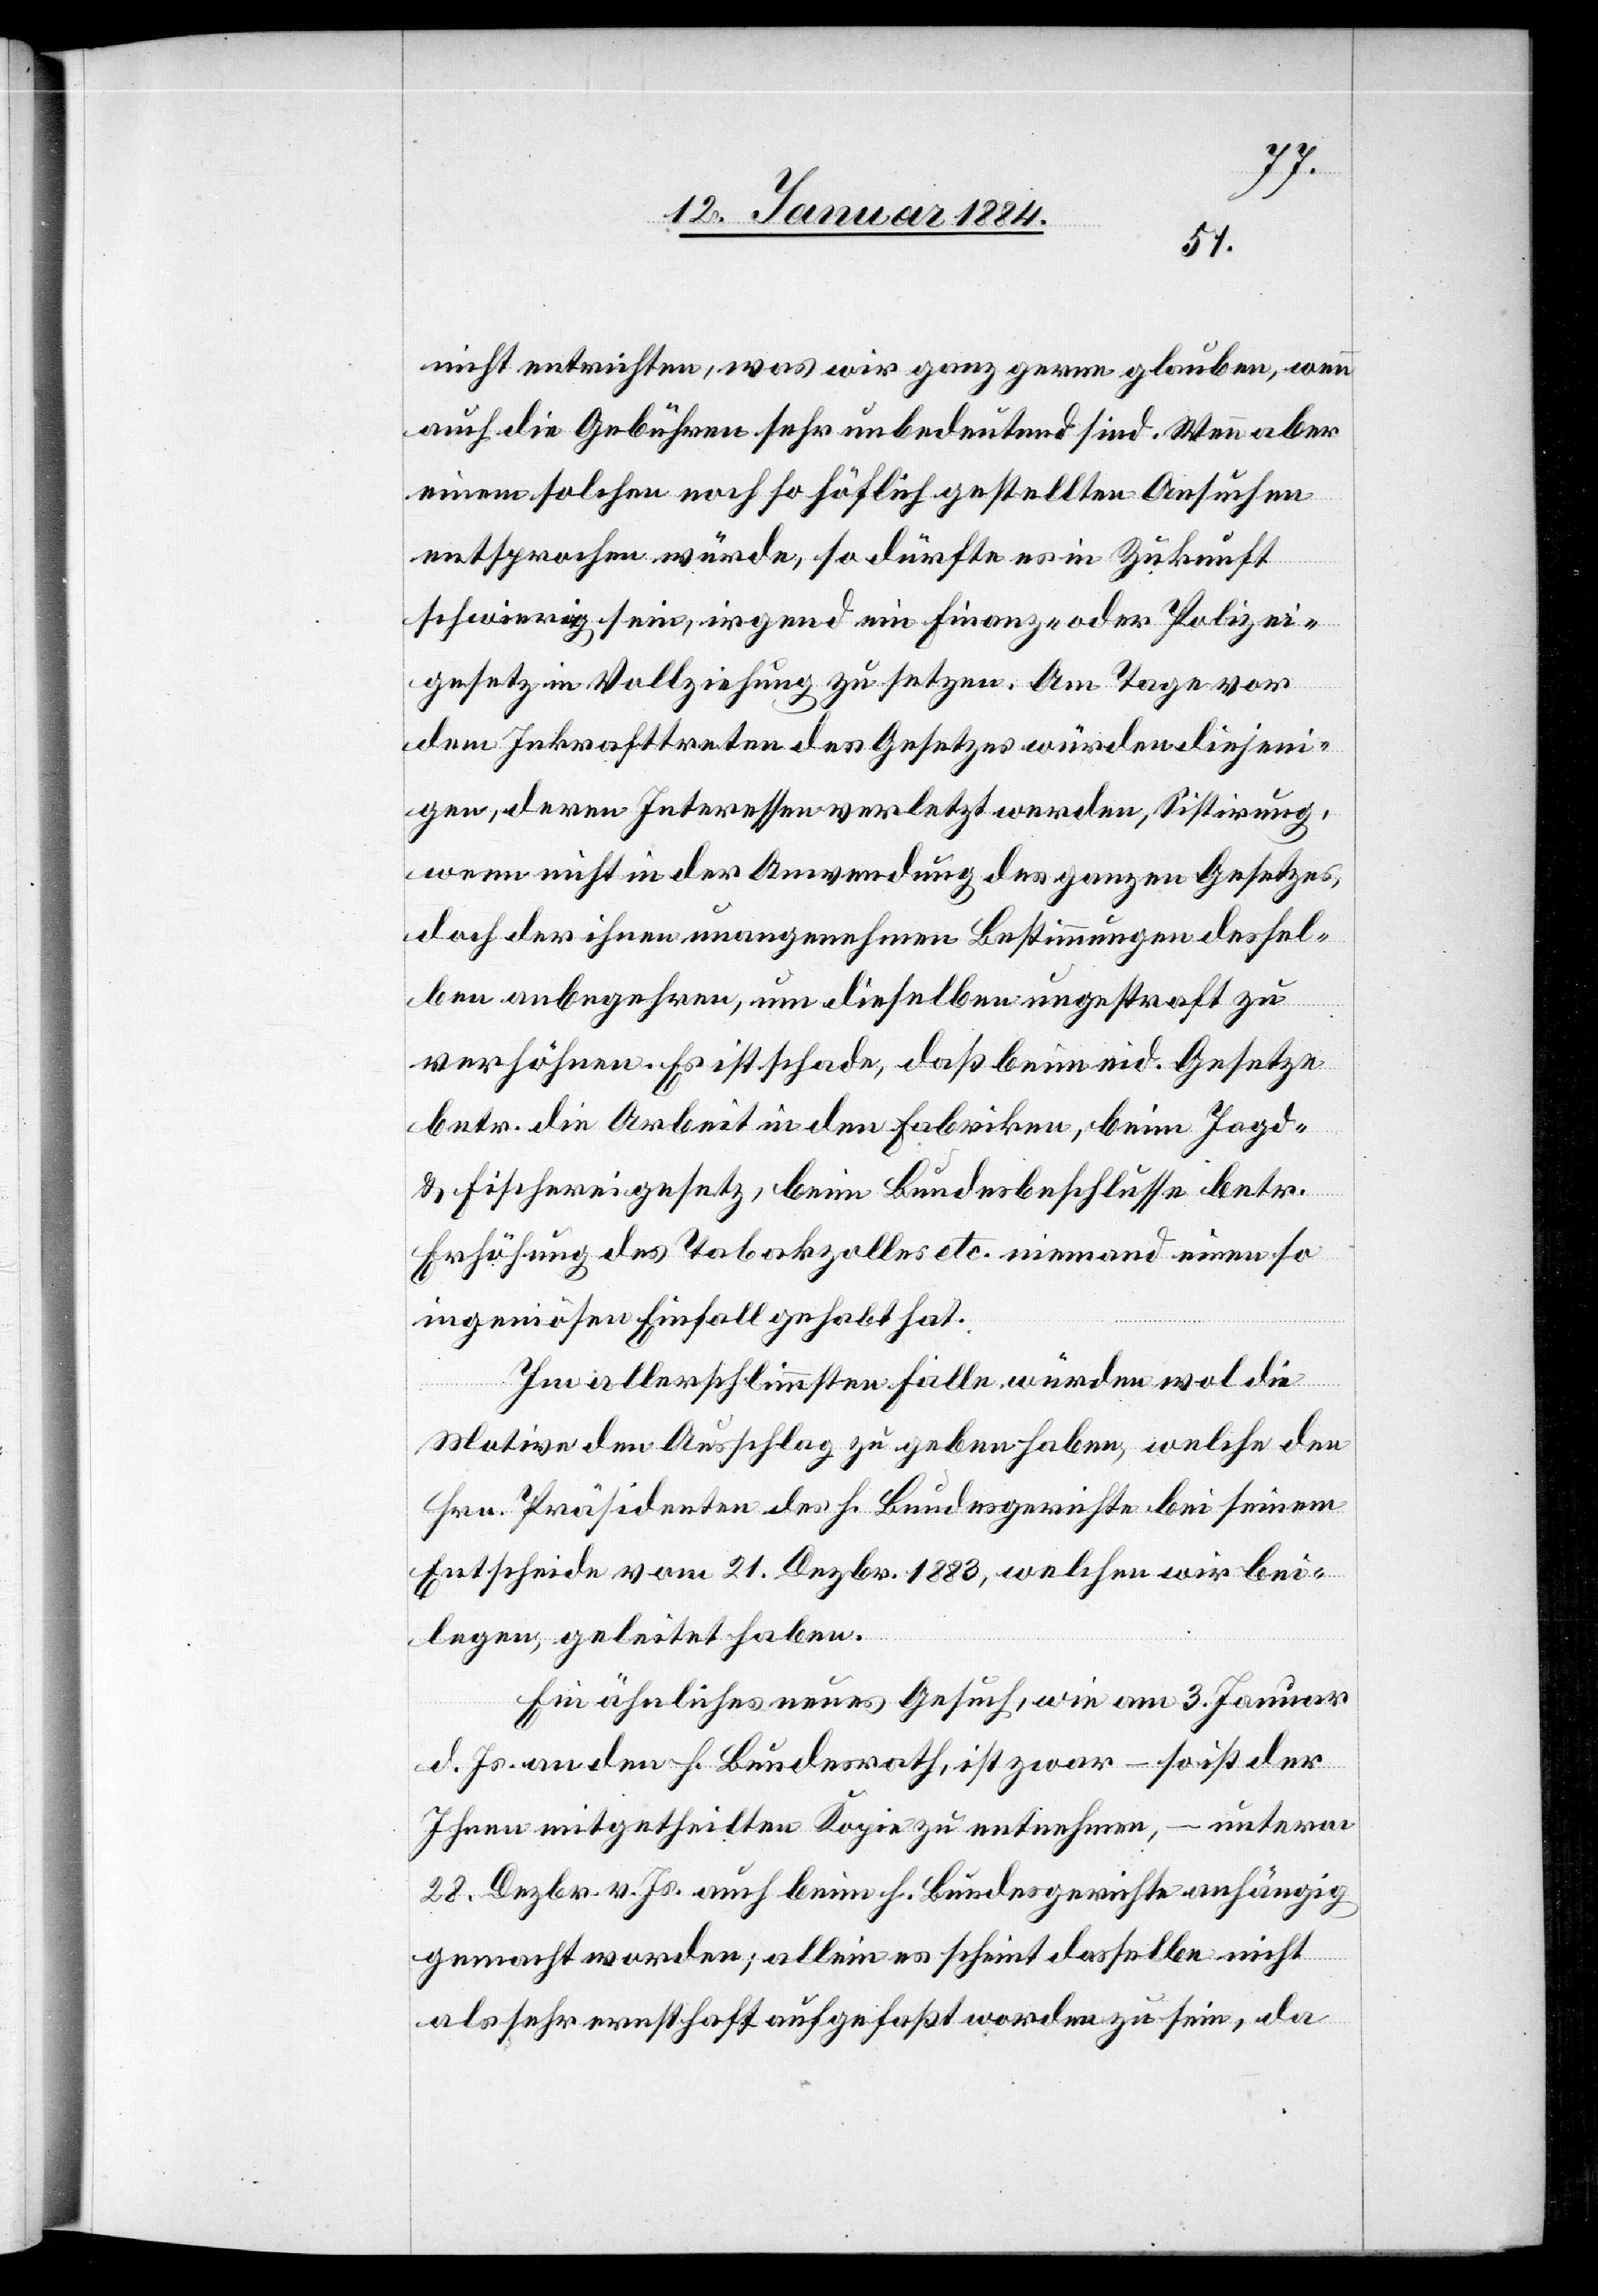
nicht entrichten, was wir ganz gerne glauben, wenn
auch die Gebühren sehr unbedeutend sind. Wenn aber
einem solchen noch so höflich gestellten Ansuchen
entsprochen würde, so dürfte es in Zukunft
schwierig sein, irgendein Finanz- oder Polizei¬
gesetz in Vollziehung zu setzen. Am Tage vor
dem Inkrafttreten des Gesetzes würden diejeni¬
gen, deren Interessen verletzt werden, Sistierung,
wenn nicht in der Anwendung des ganzen Gesetzes,
doch der ihnen unangenehmen Bestimmungen dessel¬
ben anbegehren, um dieselben ungestraft zu
verhöhnen. Es ist schade, daß beim eid. Gesetzte
betr. die Arbeit in den Fabriken, beim Jagd-
& Fischereigesetz, beim Bundesbeschlusse betr.
Erhöhung des Tabakzolles etc. niemand einen so
ingeniösen Einfall gehabt hat.
Im allerschlimmsten Falle würden wol die
Motive den Ausschlag zu geben haben, welche den
Hrn. Präsident des h. Bundesgericht bei seinem
Entscheide vom 21. Dezbr. 1883, welchen wir bei¬
legen, geleitet haben.
Ein ähnliches neues Gesuch, wie am 3. Januar
d. Js. an den h. Bundesrath, ist zwar – so ist der
Ihnen mitgetheilten Kopie zu entnehmen, – unterm
28. Dezbr. v. Js. auch beim h. Bundesgerichte anhängig
gemacht worden; allein es scheint dasselbe nicht
als sehr ernsthaft aufgefaßt worden zu sein, da